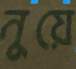
নুয়ে